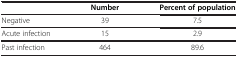
|  | Number | Percent of population |
 | --- | --- | --- |
 | Negative | 39 | 7.5 |
 | Acute infection | 15 | 2.9 |
 | Past infection | 464 | 89.6 |